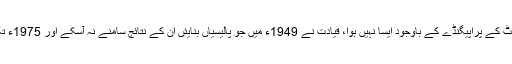
لیکن چائینہ میں ویسٹ کے پراپیگنڈے کے باوجود ایسا نہیں ہوا، قیادت نے 1949ء میں جو پالیسیاں بنایئں ان کے نتائج سامنے نہ آسکے اور 1975ء تک چائینہ بھٹکتا رہا۔